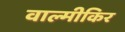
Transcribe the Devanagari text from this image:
वाल्मीकिर